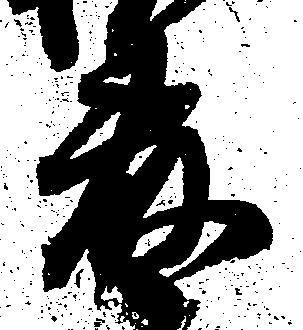
藤